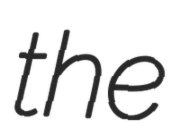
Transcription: the